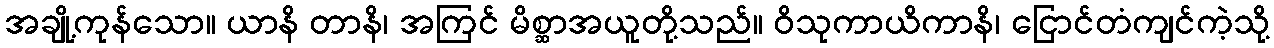
အချို့ကုန်သော။ ယာနိ တာနိ၊ အကြင် မိစ္ဆာအယူတို့သည်။ ဝိသုကာယိကာနိ၊ ငြောင်တံကျင်ကဲ့သို့